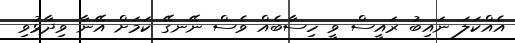
އެއްކަލަ ނައިބު ރައީސް ވީ ހިސާބެއް ވެސް ނޭނގޭ ކަމަށް އޭނާ ވިދާޅުވި